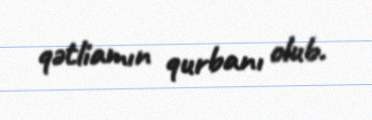
qətliamın qurbanı olub.